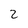
Character: 2